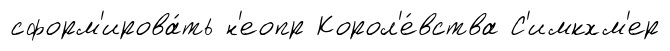
сформ'ирова́ть н'еопр Корол'е́вства С'имкхм'ер